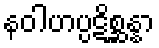
နဝါဟပ္ပဋိစ္ဆန္နာ